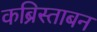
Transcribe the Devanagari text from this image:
कब्रिस्ताबन